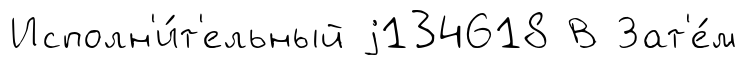
Исполн'и́т'ельный j134618 В Зат'е́м